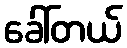
ခေါ်တယ်